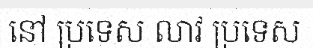
នៅ ប្រទេស លាវ ប្រទេស